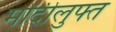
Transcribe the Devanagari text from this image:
मोदीलुफ्त